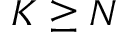
K \geq N